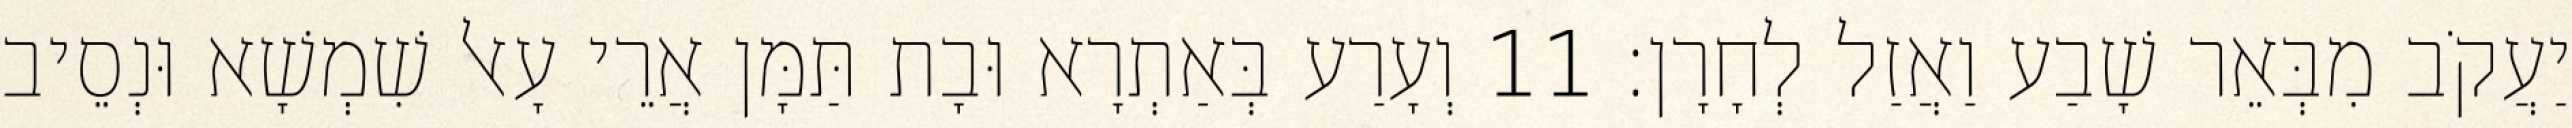
יַעֲקֹב מִבְּאֵר שָׁבַע וַאֲזַל לְחָרָן׃ 11 וְעָרַע בְּאַתְרָא וּבָת תַּמָּן אֲרֵי עָאל שִׁמְשָׁא וּנְסֵיב